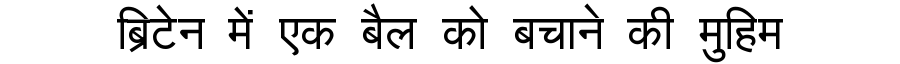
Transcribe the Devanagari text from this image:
ब्रिटेन में एक बैल को बचाने की मुहिम